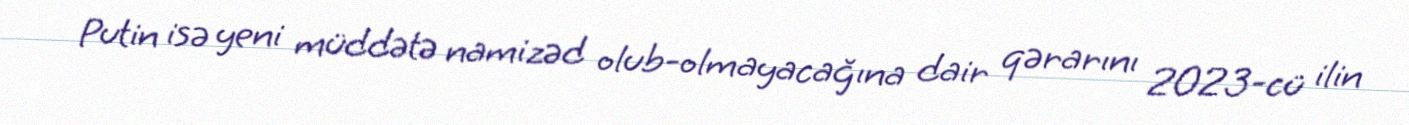
Putin isə yeni müddətə namizəd olub-olmayacağına dair qərarını 2023-cü ilin